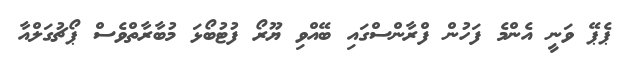
ޕެޕޭ ވަނީ އެންމެ ފަހުން ފްރާންސްގައި ބޭއްވި ޔޫރޯ ފުޓުބޯޅަ މުބާރާތްވެސް ޕޯޗުގަލްއާ